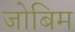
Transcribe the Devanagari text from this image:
जोबिम